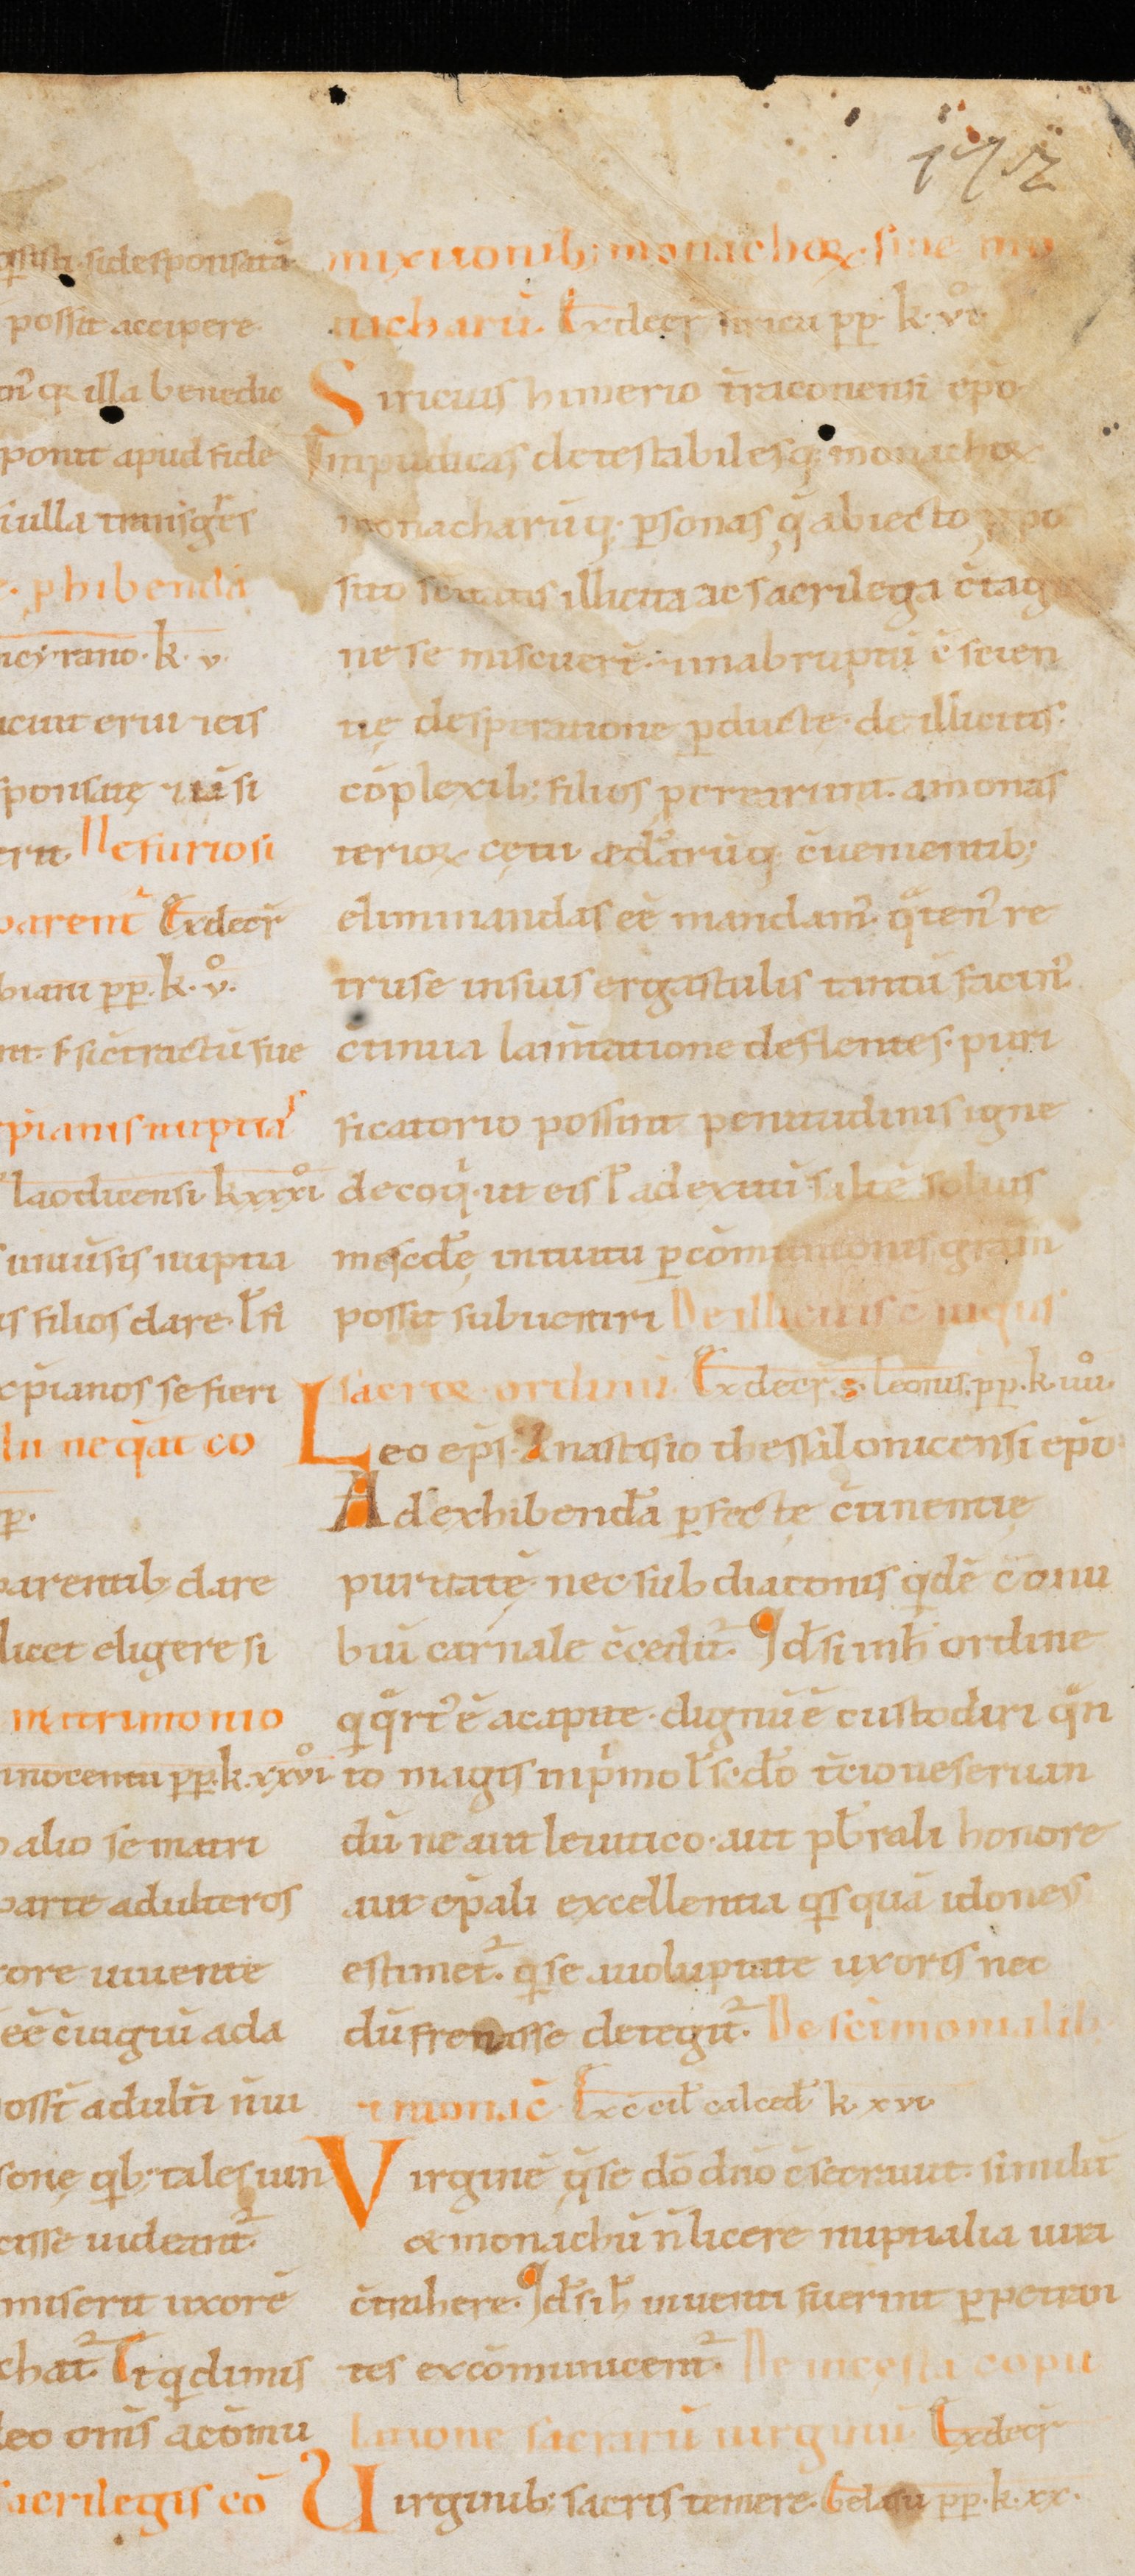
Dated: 1000–1199